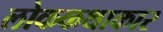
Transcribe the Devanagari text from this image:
लोककथाकार